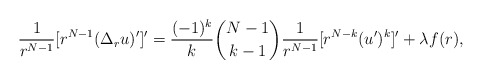
\begin{align*}\frac{1}{r^{N-1}} [r^{N-1} (\Delta_r u)']' = \frac{(-1)^k}{k} \binom{N-1}{k-1} \frac{1}{r^{N-1}} [r^{N-k}(u')^k]' + \lambda f(r),\end{align*}